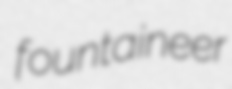
fountaineer